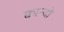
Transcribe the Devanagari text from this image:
क्वान्दो